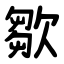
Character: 㱀